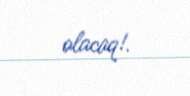
olacaq!.